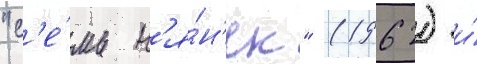
"с'е́мь н'я́н'ек" (1962) и́